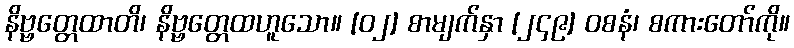
နိဗ္ဗတ္တေထာတိ၊ နိဗ္ဗတ္တေထဟူသော။ [၀၂] စာမျက်နှာ [၂၄၉] ဝစနံ၊ စကားတော်ကို။